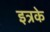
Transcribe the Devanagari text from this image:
इत्रके